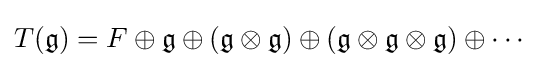
T({\mathfrak {g}})=F\oplus {\mathfrak {g}}\oplus ({\mathfrak {g}}\otimes {\mathfrak {g}})\oplus ({\mathfrak {g}}\otimes {\mathfrak {g}}\otimes {\mathfrak {g}})\oplus \cdots